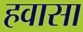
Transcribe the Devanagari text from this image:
हवासा